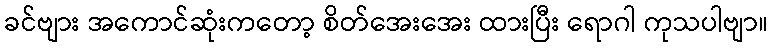
ခင်ဗျား အကောင်ဆုံးကတော့ စိတ်အေးအေး ထားပြီး ရောဂါ ကုသပါဗျာ။